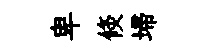
卑倐埽